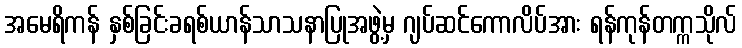
အမေရိကန် နှစ်ခြင်းခရစ်ယာန်သာသနာပြုအဖွဲ့မှ ဂျပ်ဆင်ကောလိပ်အား ရန်ကုန်တက္ကသိုလ်